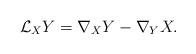
LaTeX: \begin{align*}{\cal{L}}_{X}Y=\nabla _{X}Y-\nabla _{Y}X.\end{align*}